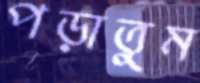
পড়াতুম